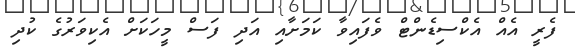
ފެރީ އެއް އެކްސިޑެންޓް ވެފައިވާ ކަމަށާއި އަދި ފަސް މީހަކަށް އެކިވަރުގެ ކުދި